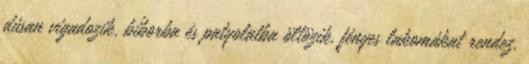
dúsan vigadozik, bíborba és patyolatba öltözik, fényes lakomákat rendez,